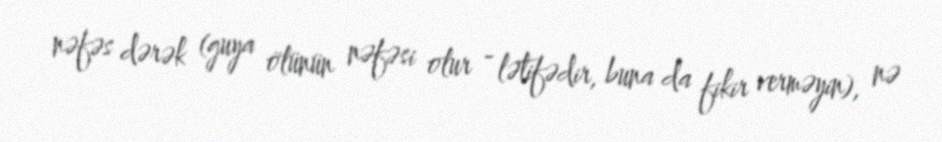
nəfəs dərək (guya ölünün nəfəsi olur - lətifədir, buna da fikir verməyin), nə